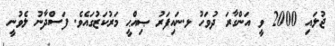
ޖުލައި 2000 ވީ އަންގާރަ ދުވަހު ޅ.ނައިފަރު ޞިއްޙީ މަރުކަޒުގައެވެ. ފަސްދާނު ލެވުނީ